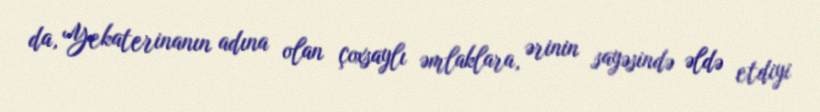
da, Yekaterinanın adına olan çoxsaylı əmlaklara, ərinin sayəsində əldə etdiyi